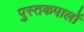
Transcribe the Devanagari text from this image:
पुस्तकपालों